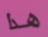
هذا